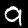
Label: 9